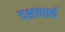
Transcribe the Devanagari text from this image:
दशाचार्य